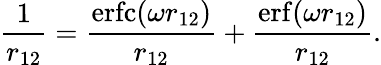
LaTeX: \frac{1}{r_{12}}=\frac{\mathrm{erfc}(\omega r_{12})}{r_{12}}+\frac{\mathrm{erf}(\omega r_{12})}{r_{12}}.